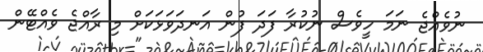
ނުވެއްޖެ ނަމަ ހީވެސް ނުކުރާ ފަދަ ފުން އަނދަވަޅަކަށް މި ރާއްޖެ ވެއްޓޭން